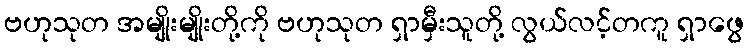
ဗဟုသုတ အမျိုးမျိုးတို့ကို ဗဟုသုတ ရှာမှီးသူတို့ လွယ်လင့်တကူ ရှာဖွေ